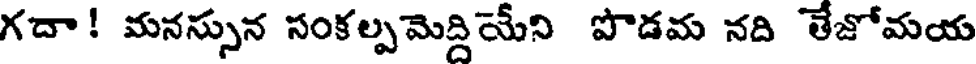
గదా ! మనస్సున సంకల్పమెద్దియేని పొడమ నది తేజోమయ